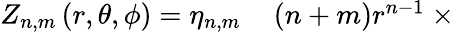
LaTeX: \begin{array}{rl}{Z_{n,m}\left(r,\theta,\phi\right)=\eta_{n,m}}&{{}\left(n+m\right)r^{n-1}\ \times}\end{array}